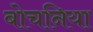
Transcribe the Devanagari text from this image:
बोचनिया